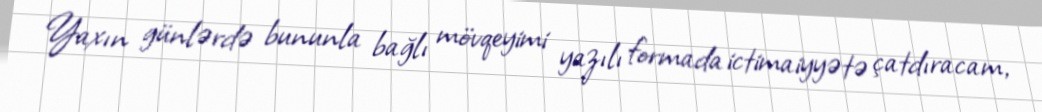
Yaxın günlərdə bununla bağlı mövqeyimi yazılı formada ictimaiyyətə çatdıracam,